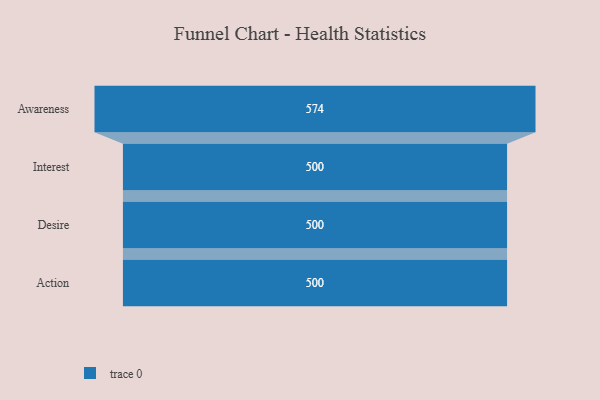
{"axis": {"x": "Stage", "y": "Value"}, "legend": [""], "data": [{"x": "Awareness", "y": 574.0, "type": ""}, {"x": "Interest", "y": 500, "type": ""}, {"x": "Desire", "y": 500, "type": ""}, {"x": "Action", "y": 500, "type": ""}]}